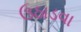
ઉઠાડવા